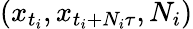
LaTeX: (x_{t_{i}},x_{t_{i}+N_{i}\tau},N_{i})